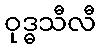
ဝုဒ္ဓသီလီ